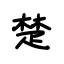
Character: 楚